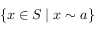
\{ x \in S \mid x \sim a \}